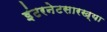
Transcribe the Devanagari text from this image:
इंटरनेटसारख्या